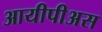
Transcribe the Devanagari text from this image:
आयीपीअस